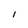
Character: I